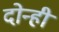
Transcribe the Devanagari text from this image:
दोन्‍ही